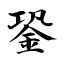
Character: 銎